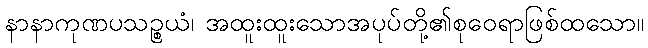
နာနာကုဏပသဉ္စယံ၊ အထူးထူးသောအပုပ်တို့၏စုဝေရာဖြစ်ထသော။